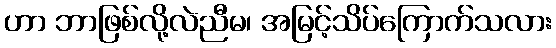
ဟာ ဘာဖြစ်လို့လဲညီမ၊ အမြင့်သိပ်ကြောက်သလား